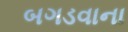
બગડવાના